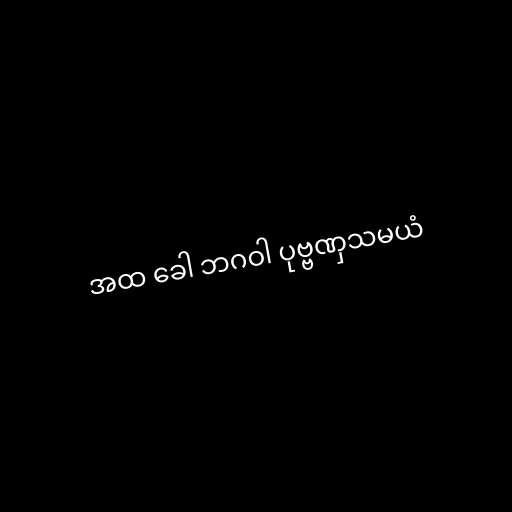
အထ ခေါ ဘဂဝါ ပုဗ္ဗဏှသမယံ